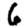
Digit: 6